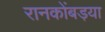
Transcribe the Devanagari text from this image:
रानकोंबड़या